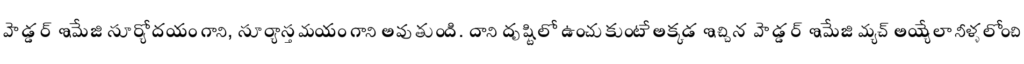
హెడ్డర్ ఇమేజి సూర్యోదయం గాని, సూర్యాస్తమయం గాని అవుతుంది. దాని దృష్టిలో ఉంచుకుంటే అక్కడ ఇచ్చిన హెడ్డర్ ఇమేజి మ్యచ్ అయ్యేలా నీళ్ళలోంచి